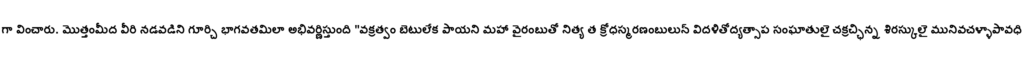
గా వించారు. మొత్తంమీద వీరి నడవడిని గూర్చి భాగవతమిలా అభివర్ణిస్తుంది "వక్రత్వం బెటులేక పాయని మహా వైరంబుతో నిత్య త క్రోధస్మరణంబులున్ విదళితోద్యత్సాప సంఘాతులై చక్రచ్ఛిన్న శిరస్కులై మునివచళ్ళాపావధి